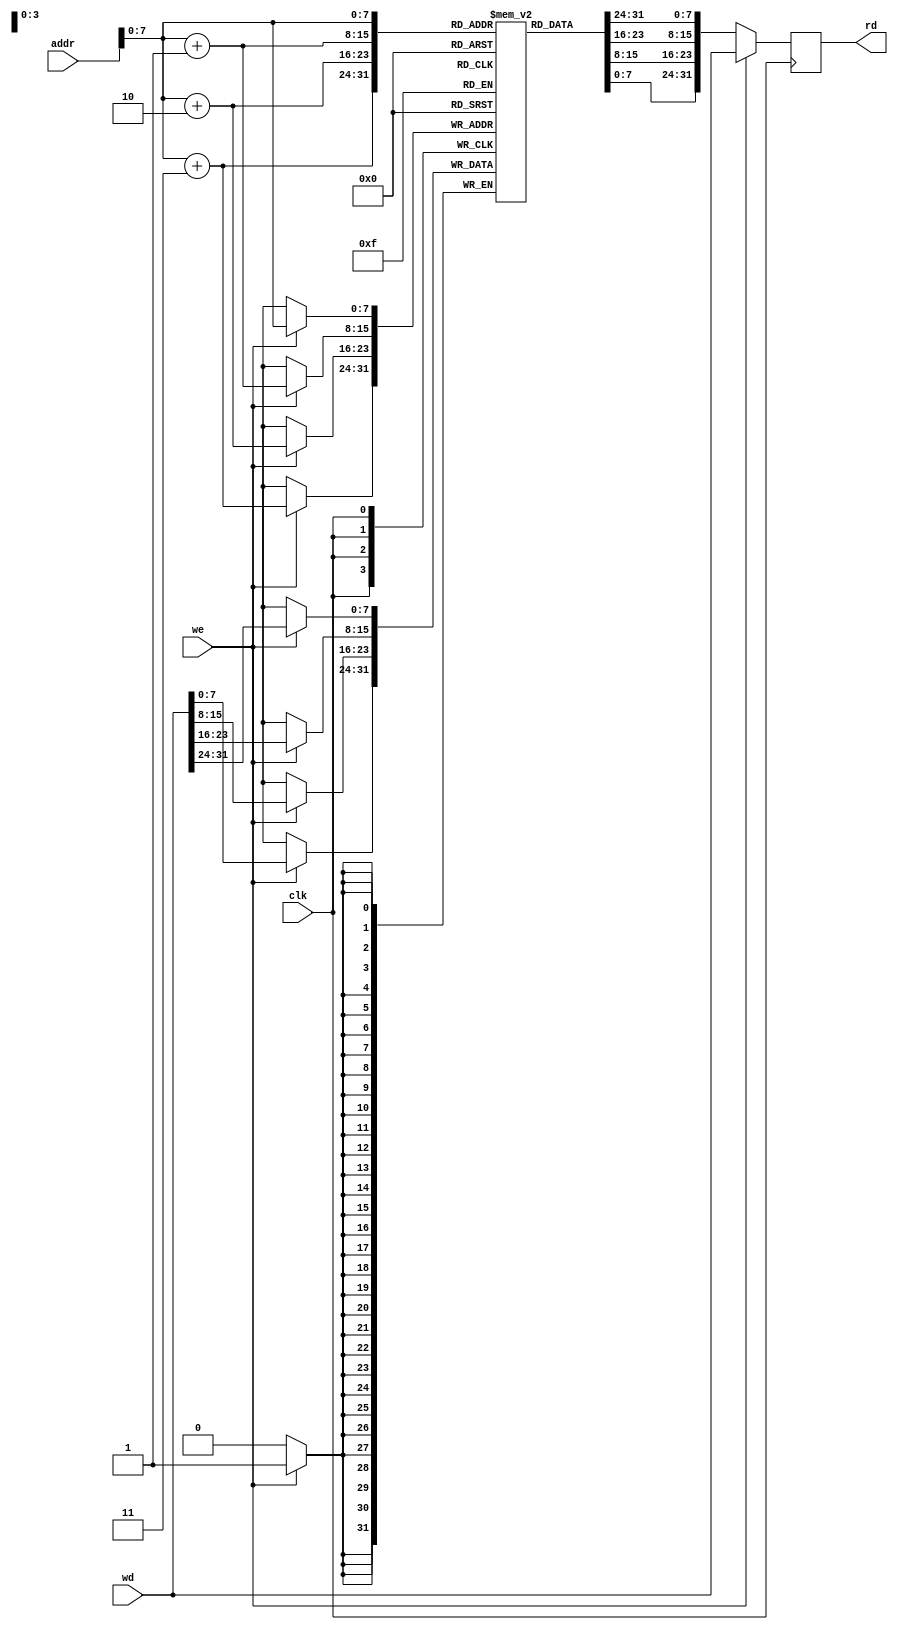
`timescale 1ns / 1ps
//////////////////////////////////////////////////////////////////////////////////
// Company: 
// Engineer: 
// 
// Design Name: 
// Module Name: DM
// Project Name: 
// Target Devices: 
// Tool Versions: 
// Description: 
// 
// Dependencies: 
// 
// Revision:
// Revision 0.01 - File Created
// Additional Comments:
// 
//////////////////////////////////////////////////////////////////////////////////


module DM(input [31:0] addr, input [31:0] wd, input we,input clk,output reg [31:0] rd) ;
	reg [7:0] memory[0:255];
	always @(posedge clk) begin
		if(we == 1) begin
			memory[addr] <= wd[31:24];
			memory[addr+1] <= wd[23:16];
			memory[addr+2] <= wd[15:8];
			memory[addr+3] <= wd[7:0];
			rd <= wd;
		end
		else begin
			rd <= {memory[addr], memory[addr+1], memory[addr+2], memory[addr+3]} ;
		end
	end
endmodule